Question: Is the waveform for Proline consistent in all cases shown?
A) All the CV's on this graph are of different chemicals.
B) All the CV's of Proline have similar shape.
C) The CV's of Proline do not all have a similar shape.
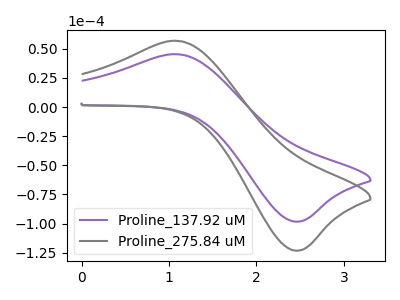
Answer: <think>The purple curve "Proline_137.92 uM" has an anodic peak at (1.10V, 45.30uA) and a cathodic peak at (2.45V, -98.30uA). The gray curve "Proline_275.84 uM" has an anodic peak at (1.10V, 56.75uA) and a cathodic peak at (2.45V, -123.15uA).
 All the peaks in "Proline_137.92 uM" have a peak in "Proline_275.84 uM" at the same potential. Every peak in "Proline_137.92 uM" is lower than every peak in "Proline_275.84 uM".</think>
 <answer>B) All the CV's of "Proline" have similar shape.</answer>
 <eval>B</eval>